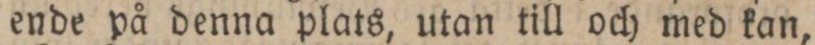
ende på denna plats, utan till och med kan,